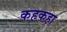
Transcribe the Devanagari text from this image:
कहकहा